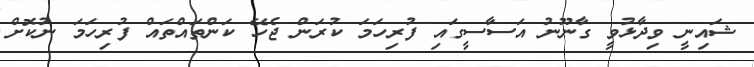
ޝައިނީ ވިދާޅުވީ ގާނޫނު އަސާސީގައި ފުރިހަމަ ކުރަން ޖެހޭ ކަންތައްތައް ފުރިހަމަ ނުކޮށް